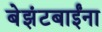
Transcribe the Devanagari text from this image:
बेझंटबाईंना